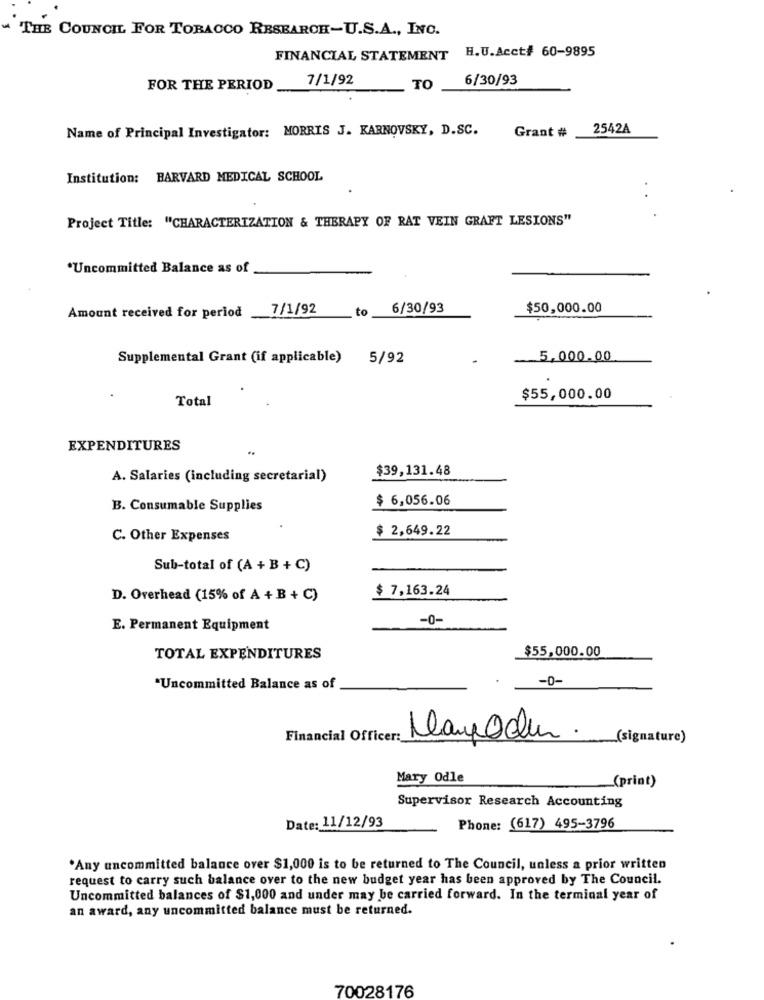
THE COUNCIL FOR TOBACCO RESEARCH-U.S.A ., INC.
H.U.Acct# 60-9895
FINANCIAL STATEMENT
7/1/92
6/30/93
FOR THE PERIOD
TO
Name of Principal Investigator: MORRIS J. KARNOVSKY, D.SC.
Grant #
2542A
Institution: HARVARD MEDICAL SCHOOL
Project Title: "CHARACTERIZATION & THERAPY OF RAT VEIN GRAFT LESIONS"
"Uncommitted Balance as of
Amount received for period 7/1/92
to
6/30/93
$50,000.00
Supplemental Grant (if applicable)
5/92
5,000.00
Total
$55,000.00
EXPENDITURES
$39,131.48
A. Salaries (including secretarial)
$ 6,056.06
B. Consumable Supplies
$ 2,649.22
C. Other Expenses
Sub-total of (A + B +C)
$ 7,163.24
D. Overhead (15% of A + B + C)
-0-
E. Permanent Equipment
$55,000.00
TOTAL EXPENDITURES
-0-
*Uncommitted Balance as of
Financial Officer:
Manpodem .
(signature)
Mary Odle
(print)
Supervisor Research Accounting
Date: 11/12/93
Phone: (617) 495-3796
.Any uncommitted balance over $1,000 is to be returned to The Council, unless a prior written
request to carry such balance over to the new budget year has been approved by The Council.
Uncommitted balances of $1,000 and under may be carried forward. In the terminal year of
an award, any uncommitted balance must be returned.
70028176